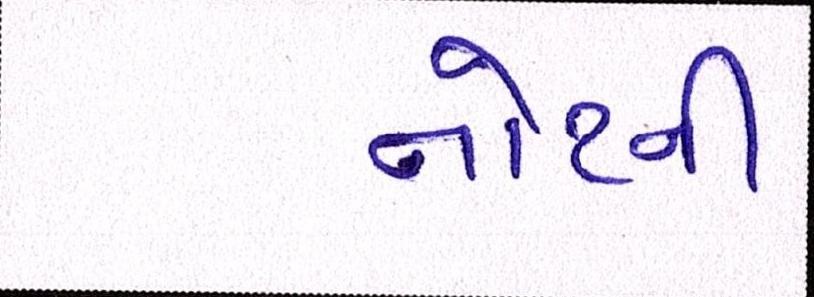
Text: નોટની